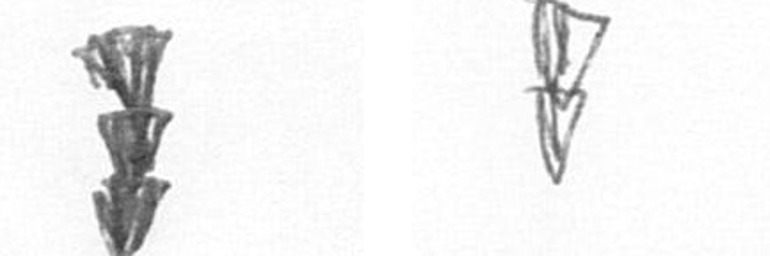
E Z